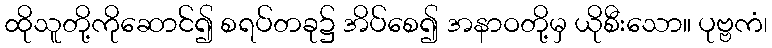
ထိုသူတို့ကိုဆောင်၍ စရပ်တခု၌ အိပ်စေ၍ အနာဝတို့မှ ယိုစီးသော။ ပုဗ္ဗကံ၊